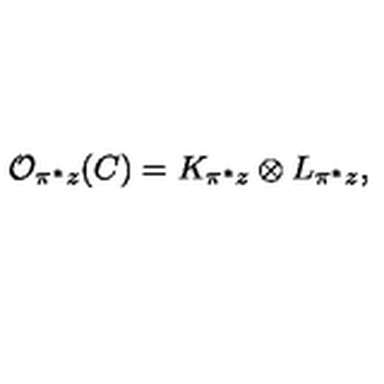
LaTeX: { \cal O } _ { \pi ^ { * } z } ( C ) = K _ { \pi ^ { * } z } \otimes L _ { \pi ^ { * } z } ,